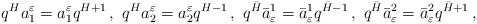
\begin{align*}q^Ha^{\varepsilon}_1=a^{\varepsilon}_1q^{H+1}\,,\,\,q^Ha^{\varepsilon}_2=a^{\varepsilon}_2q^{H-1}\,,\,\,q^{\bar H}{\bar a}_{\varepsilon}^1={\bar a}_{\varepsilon}^1q^{{\bar H}-1}\,,\,\,q^{\bar H}{\bar a}_{\varepsilon}^2={\bar a}_{\varepsilon}^2q^{{\bar H}+1}\,,\end{align*}